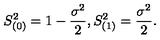
S _ { ( 0 ) } ^ { 2 } = 1 - \frac { \sigma ^ { 2 } } 2 , S _ { ( 1 ) } ^ { 2 } = \frac { \sigma ^ { 2 } } 2 .